Sketch of the medical history of the native army of Bombay, for the year
Year: 1876
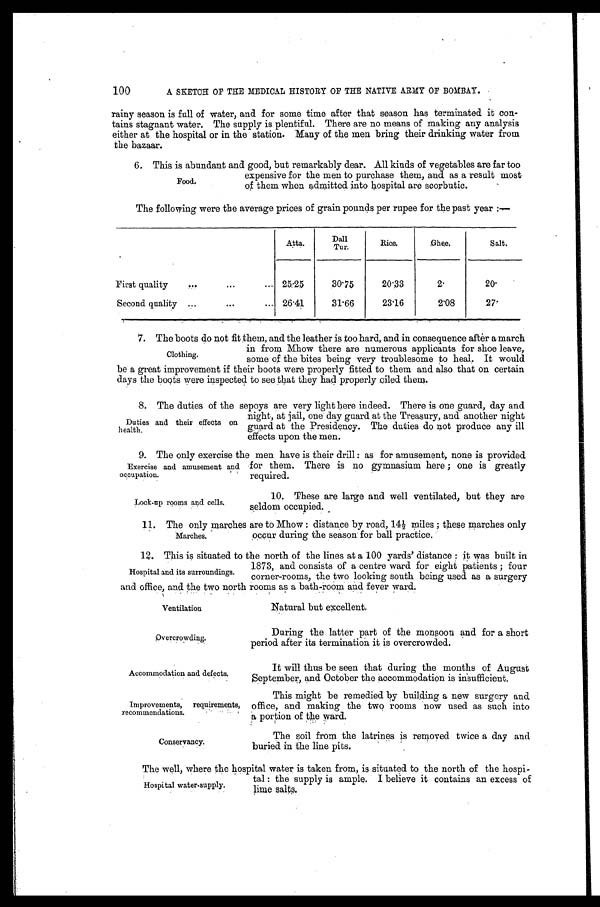
Ventilation
O v e r c r o w d i n g .
Accommodation and defects.
Improvements, requirements,
recommendations.
Conservancy.
100
A SKETCH OF THE MEDICAL HISTORY OF THE NATIVE ARMY OF BOMBAY.
rainy season is full of water, and for some time after that season has terminated it con-
tains stagnant water. The supply is plentiful. There are no means of making any analysis
either at the hospital or in the station. Many of the men bring their drinking water from
the bazaar.
6. This is abundant and good, but remarkably dear. All kinds of vegetables are far too
expensive for the men to purchase them, and as a result most
of them when admitted into hospital are scorbutic.
The following were the average prices of grain pounds per rupee for the past year :—
Atta.
D a l l T u r .
Rice.
Ghee.
Salt.
First quality
. . .
. . .
. . . 25.25
30.75
20.33
2.
2 0 .
Second quality ...
...
... 26.41
31.66
23.16
2.08
27.
7. The boots do not fit them, and the leather is too hard, and in consequence after a march
in from Mhow there are numerous applicants for shoe leave,
some of the bites being very troublesome to heal. It would
be a great improvement if their boots were properly fitted to them and also that on certain
days the boots were inspected to see that they had properly oiled them.
8. The duties of the sepoys are very light here indeed. There is one guard, day and
night, at jail, one day guard at the Treasury, and another night
guard at the Presidency. The duties do not produce any ill
effects upon the men.
9. The only exercise the men have is their drill : as for amusement, none is provided
for them. There is no gymnasium here ; one is greatly
required.
Food.
Clothing.
Duties and their effects on
health.
Exercise and amusement and
occupation.
Lock-up rooms and cells.
10. These are large and well ventilated, but they are
seldom occupied.
11. The only marches are to Mhow : distance by road, 14½ miles ; these marches only
occur during the season for ball practice.
12. This is situated to the north of the lines at a 100 yards’ distance : it was built in
1873, and consists of a centre ward for eight patients ; four
corner-rooms, the two looking south being used as a surgery
and office, and the two north rooms as a bath-room and fever ward.
Marches.
Hospital and its surroundings.
Natural but excellent.
During the latter part of the monsoon and for a short
period after its termination it is overcrowded.
It will thus be seen that during the months of August
September, and October the accommodation is insufficient.
This might be remedied by building a new surgery and
office, and making the two rooms now used as such into
a portion of the ward.
The soil from the latrines is removed twice a day and
buried in the line pits.
Hospital water-supply.
The well, where the hospital water is taken from, is situated to the north of the hospi-
tal : the supply is ample. I believe it contains an excess of
lime salts.